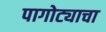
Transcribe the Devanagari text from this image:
पागोट्याचा